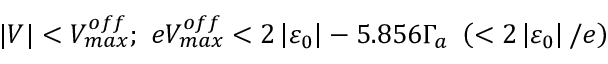
\vert V \vert < V _ { m a x } ^ { o f f } ; \ e V _ { m a x } ^ { o f f } < 2 \left\vert \varepsilon _ { 0 } \right\vert - 5 . 8 5 6 \Gamma _ { a } \ \left( < 2 \left\vert \varepsilon _ { 0 } \right\vert / e \right)